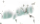
الخارطة